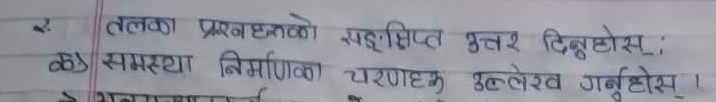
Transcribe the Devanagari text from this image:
२. तलका प्रश्नहरुको सङ्क्षिप्त उत्तर दिनुहोस्:
क) समस्या निर्माणका चरणहरु उल्लेख गर्नुहोस् ।